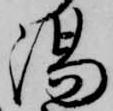
湯